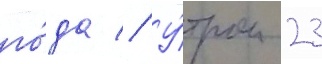
го́да // У́тром 23